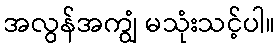
အလွန်အကျွံ မသုံးသင့်ပါ။